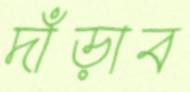
দাঁড়াব